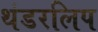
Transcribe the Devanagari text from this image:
थंडरलिप